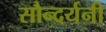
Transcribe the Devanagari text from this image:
सौन्दर्यनी